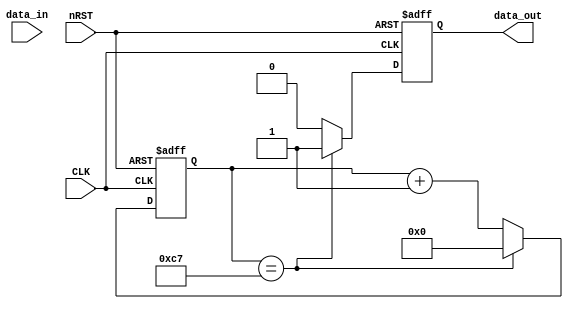
module pb1(nRST, CLK, data_in, data_out);

input nRST, CLK, data_in;
output reg data_out;

reg [7:0] cnt;

always @(posedge CLK or negedge nRST) begin
	if(!nRST) begin
		cnt <= 0;
		data_out <= 0;
	end
	else begin
		if(cnt == 199) begin
			cnt <= 0;
			data_out <= 1;
		end
		else begin
			data_out <= 0;
			cnt <= cnt + 1;
		end
	end
end

endmodule